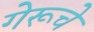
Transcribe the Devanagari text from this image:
गेरूचे